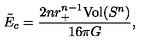
\tilde { E } _ { c } = \frac { 2 n r _ { + } ^ { n - 1 } \mathrm { V o l } ( S ^ { n } ) } { 1 6 \pi G } ,